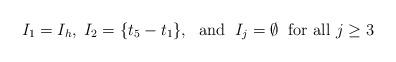
LaTeX: \begin{align*}I_1=I_h, \; I_2 = \{ t_5-t_1 \},\; \textup{ and } \; I_j= \emptyset \; \textup{ for all $j\geq 3$}\end{align*}